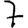
Digit: 7